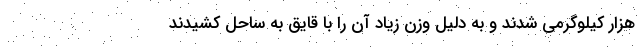
هزار کیلوگرمی شدند و به دلیل وزن زیاد آن را با قایق به ساحل کشیدند